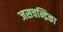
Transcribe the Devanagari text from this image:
जसचन्द्रिका